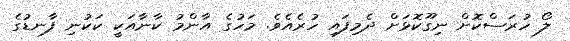
ލޯ ހުރަސްކޮށް ނިގޫކޮޅަށް ދެމިފައި ހުރެއެވެ. މަހުގެ އާންމު ކާނާއަކީ ކަކުނި ފާނޑުގެ